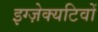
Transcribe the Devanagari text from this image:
इग्ज़ेक्यटिवों